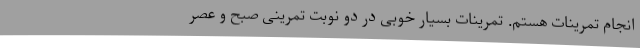
انجام تمرینات هستم. تمرینات بسیار خوبی در دو نوبت تمرینی صبح و عصر